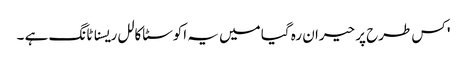
' کس طرح پر حیران رہ گیا میں یہ اکوسٹاکالل ریسناٹانگ ہے ۔